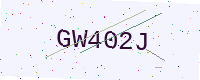
Text: GW402J